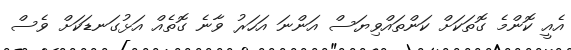
އެއީ ކޮންމެ ގޮތަކަށް ކަންތައްވިޔަސް އަންނަ އަހަރު ވާނެ ގޮތެއް އަޅުގަނޑަކަށް ވެސް